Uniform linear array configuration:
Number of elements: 4
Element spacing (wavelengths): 0.75
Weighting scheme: exponential
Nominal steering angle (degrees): -60
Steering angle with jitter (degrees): -60.53
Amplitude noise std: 0.05
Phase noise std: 0.05

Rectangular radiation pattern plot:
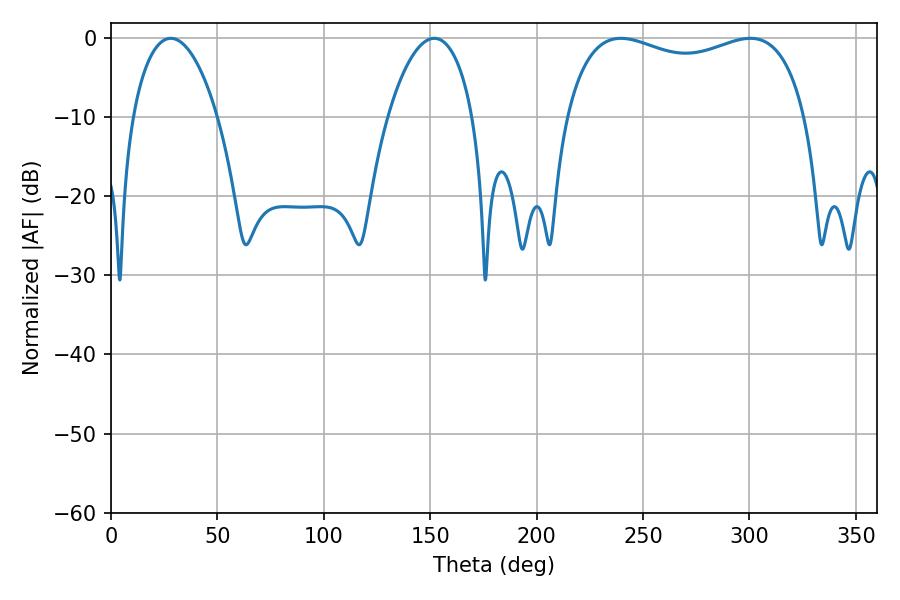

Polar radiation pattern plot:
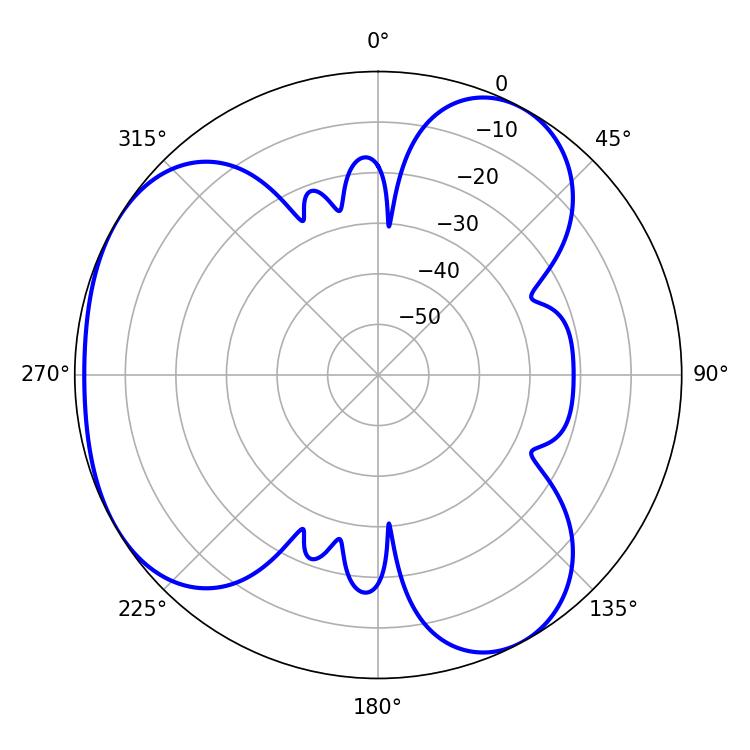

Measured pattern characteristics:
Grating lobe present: TRUE
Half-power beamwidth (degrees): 22.5
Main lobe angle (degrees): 28.08